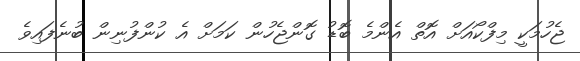
ޖެހުމަކީ މިފްކޯއަށް އޮތް އެންމެ ބޮޑު ގޮންޖެހުން ކަމަށް އެ ކުންފުނިން ބުނެފައިވެ